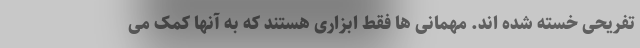
تفریحی خسته شده اند. مهمانی ها فقط ابزاری هستند که به آنها کمک می